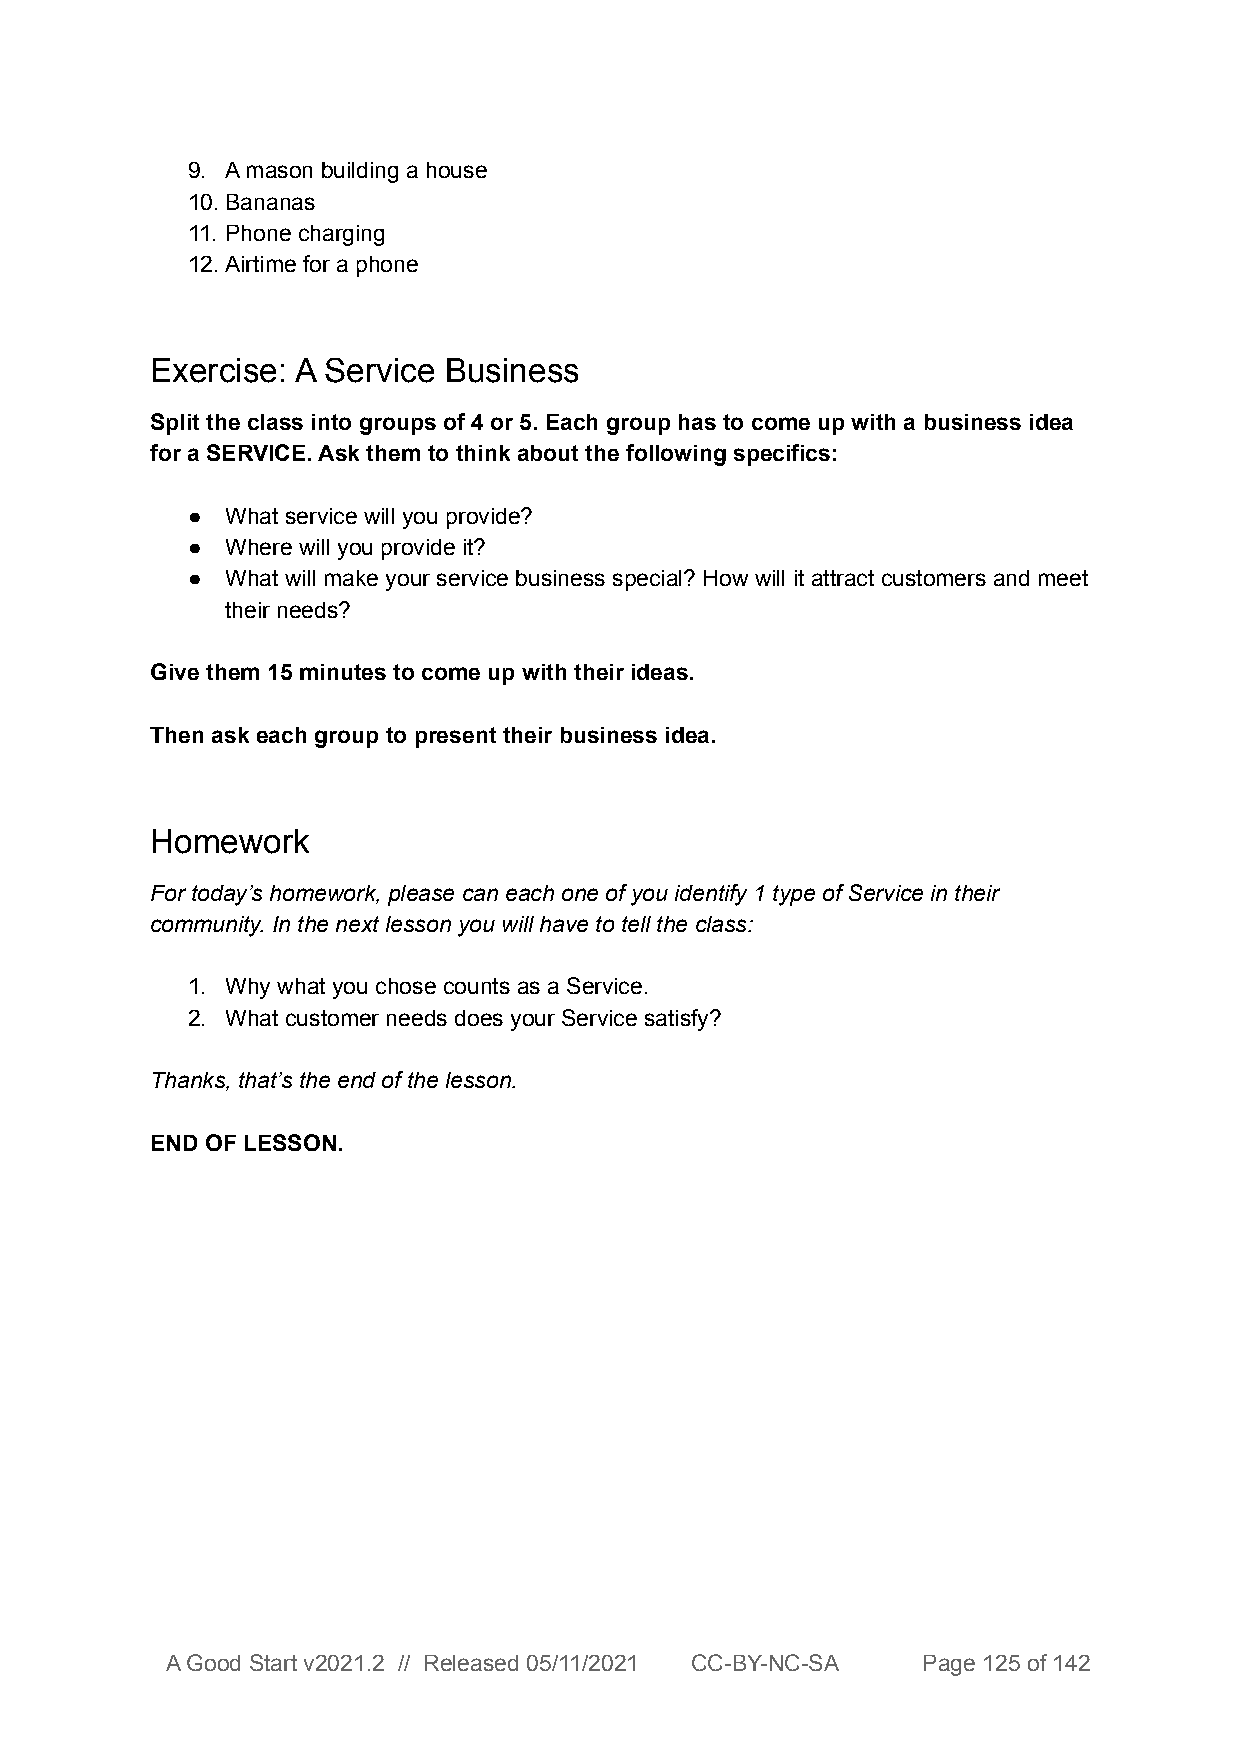
9. A mason building a house
 10.Bananas
 11. Phone charging
 12.Airtime for a phone
 Exercise: A Service Business
 Split the class into groups of 4 or 5. Each group has to come up with a business idea
 for a SERVICE. Ask them to think about the following specifics:
 ●  What service will you provide?
 ●  Where will you provide it?
 ●  What will make your service business special? How will it attract customers and meet
 their needs?
 Give them 15 minutes to come up with their ideas.
 Then ask each group to present their business idea.
 Homework
 For today’s homework, please can each one of you identify 1 type of Service in their
 community. In the next lesson you will have to tell the class:
 1. Why what you chose counts as a Service.
 2. What customer needs does your Service satisfy?
 Thanks, that’s the end of the lesson.
 END OF LESSON.
 A Good Start v2021.2 // Released 05/11/2021 CC-BY-NC-SA Page 125 of 142